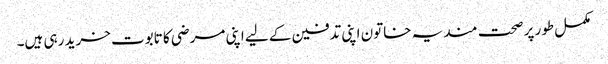
مکمل طور پر صحت مند یہ خاتون اپنی تدفین کے لیے اپنی مرضی کا تابوت خرید رہی ہیں۔